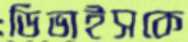
ডিভাইসকে